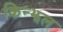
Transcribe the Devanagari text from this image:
किन्झल